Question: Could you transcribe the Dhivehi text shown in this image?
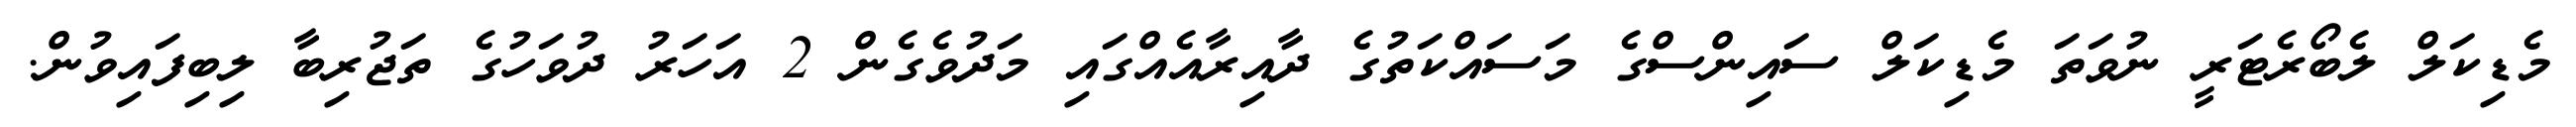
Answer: މެޑިކަލް ލެބޯރެޓަރީ ނުވަތަ މެޑިކަލް ސައިންސްގެ މަސައްކަތުގެ ދާއިރާއެއްގައި މަދުވެގެން 2 އަހަރު ދުވަހުގެ ތަޖުރިބާ ލިބިފައިވުން.